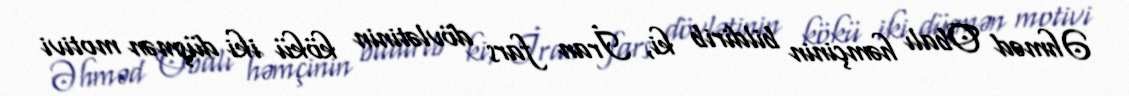
Əhməd Obalı həmçinin bildirib ki, İran fars dövlətinin kökü iki düşmən motivi